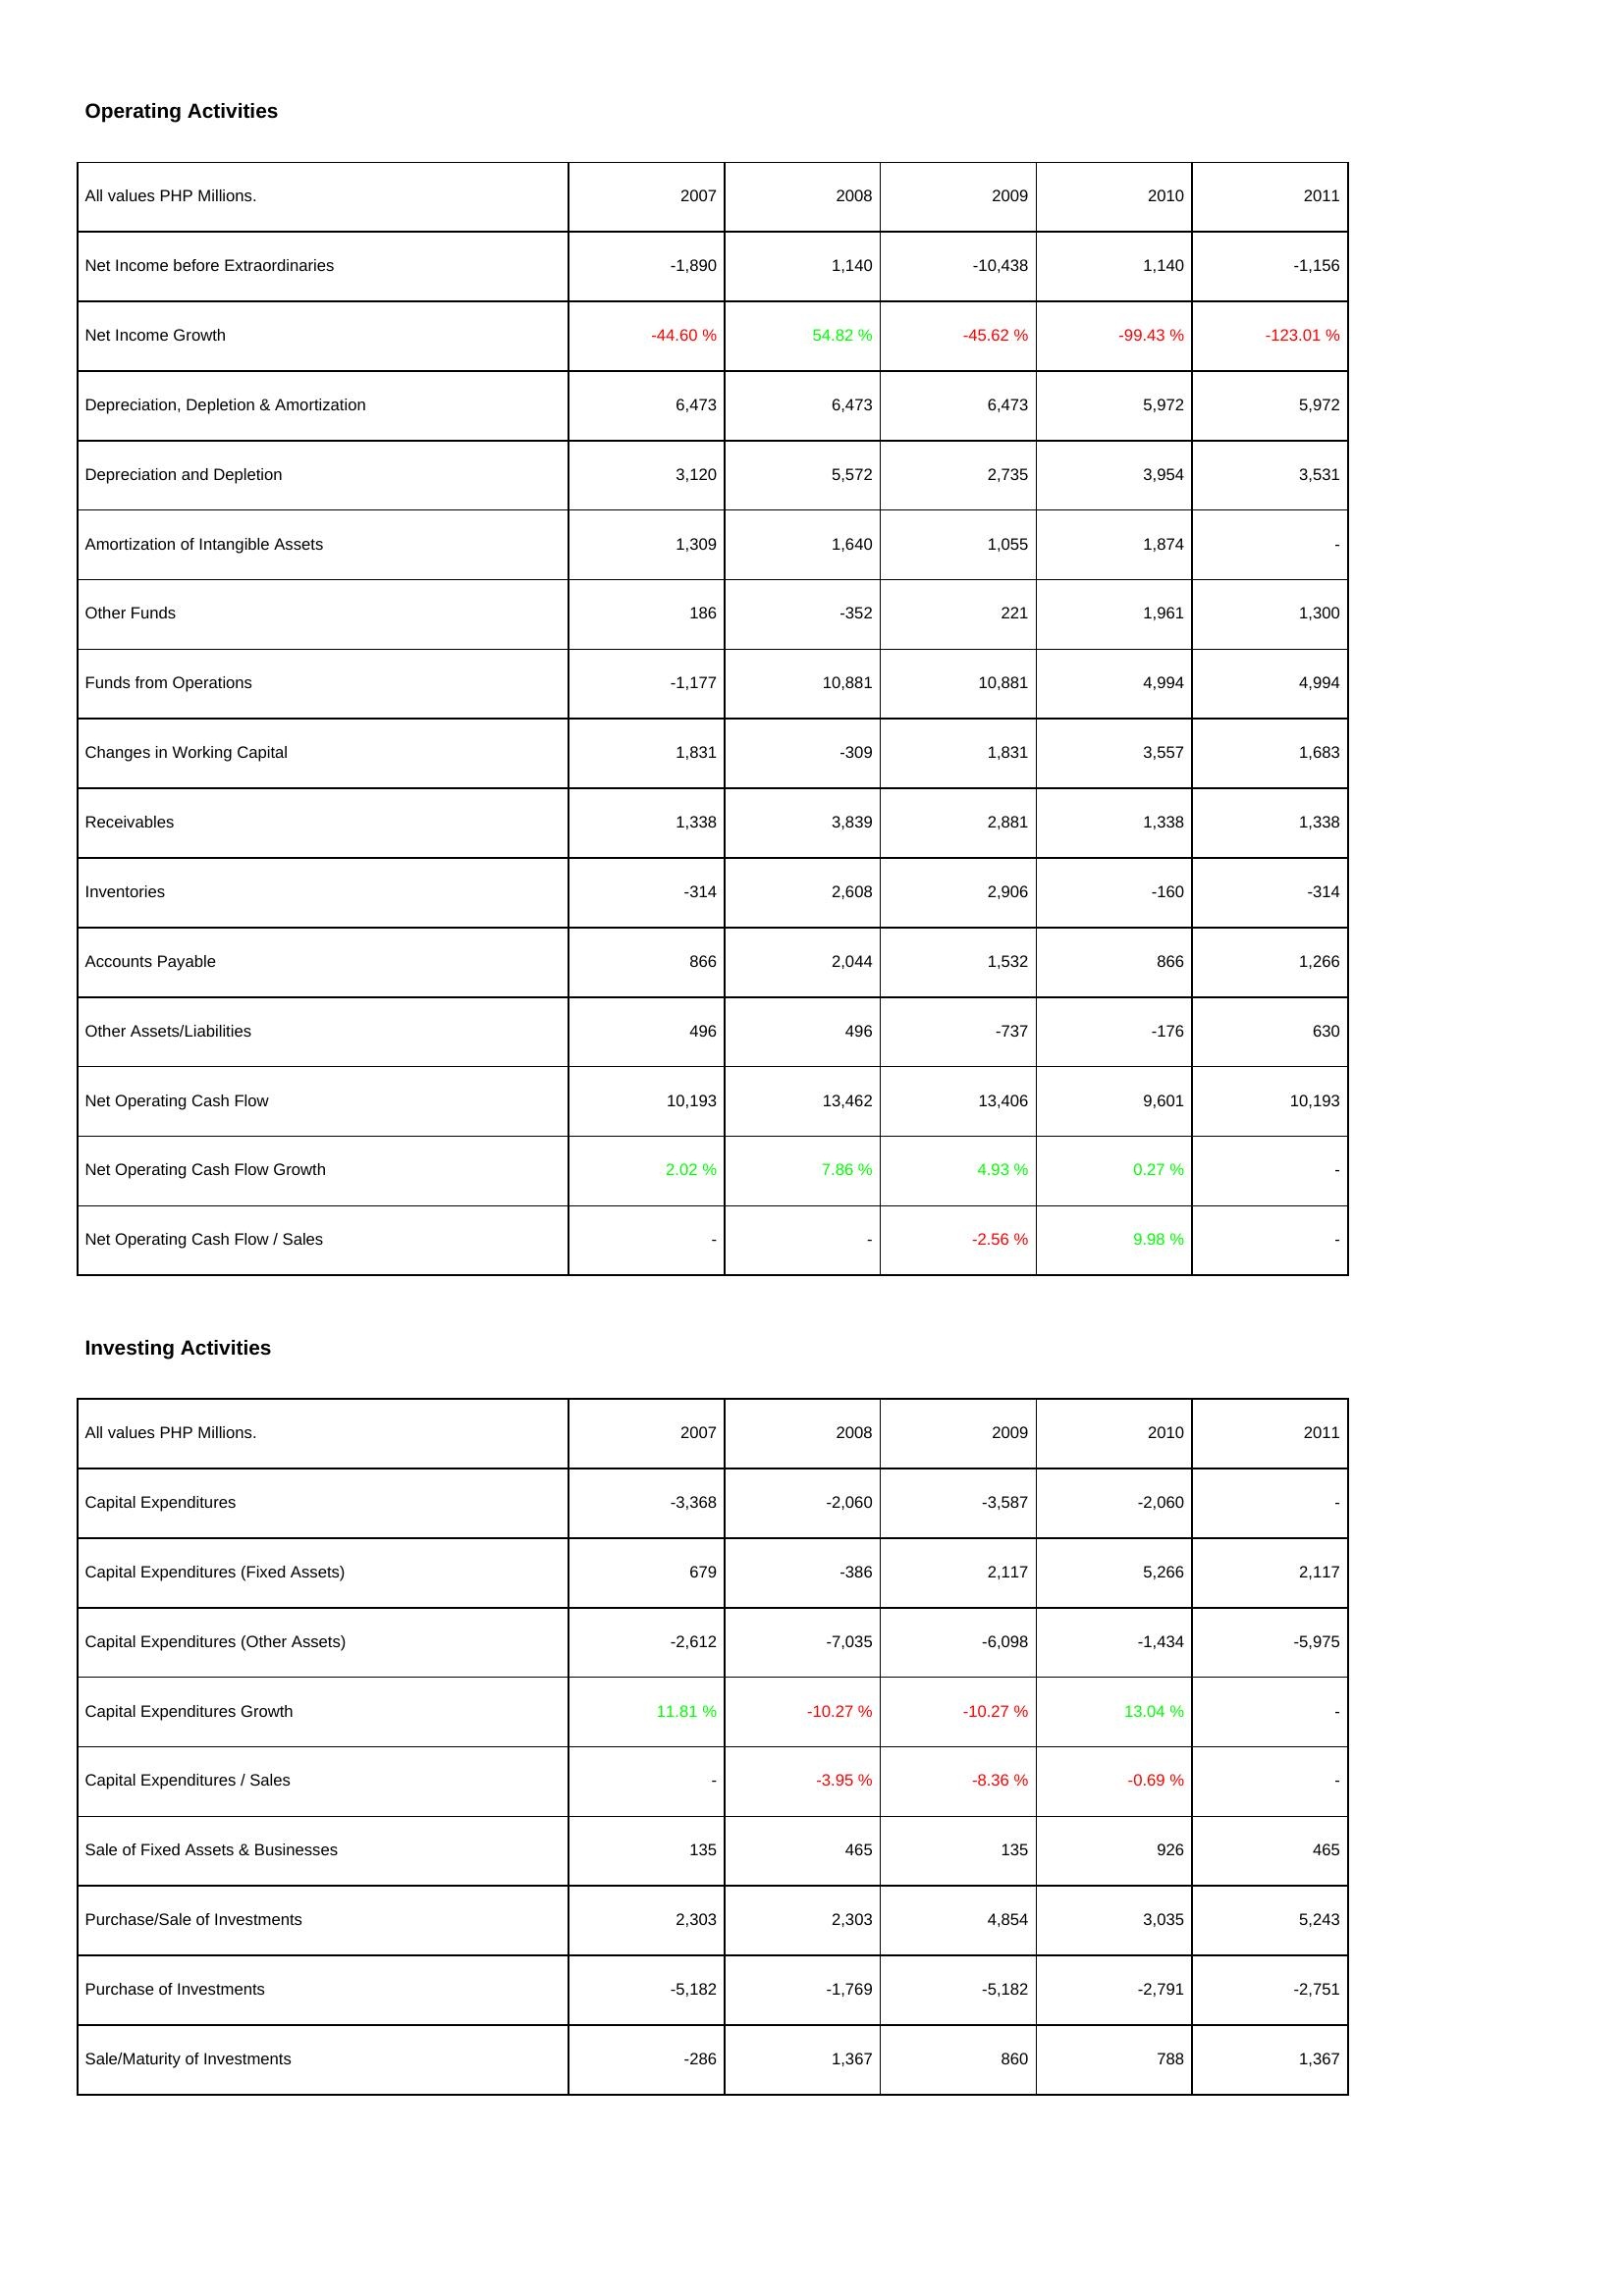
2007: Operating Activities: Net Income before Extraordinaries: -1,890
Net Income Growth: -44.60 %
Depreciation, Depletion & Amortization: 6,473
Depreciation and Depletion: 3,120
Amortization of Intangible Assets: 1,309
Other Funds: 186
Funds from Operations: -1,177
Changes in Working Capital: 1,831
Receivables: 1,338
Inventories: -314
Accounts Payable: 866
Other Assets/Liabilities: 496
Net Operating Cash Flow: 10,193
Net Operating Cash Flow Growth: 2.02 %
Net Operating Cash Flow / Sales: -
Investing Activities: Capital Expenditures: -3,368
Capital Expenditures (Fixed Assets): 679
Capital Expenditures (Other Assets): -2,612
Capital Expenditures Growth: 11.81 %
Capital Expenditures / Sales: -
Sale of Fixed Assets & Businesses: 135
Purchase/Sale of Investments: 2,303
Purchase of Investments: -5,182
Sale/Maturity of Investments: -286
2008: Operating Activities: Net Income before Extraordinaries: 1,140
Net Income Growth: 54.82 %
Depreciation, Depletion & Amortization: 6,473
Depreciation and Depletion: 5,572
Amortization of Intangible Assets: 1,640
Other Funds: -352
Funds from Operations: 10,881
Changes in Working Capital: -309
Receivables: 3,839
Inventories: 2,608
Accounts Payable: 2,044
Other Assets/Liabilities: 496
Net Operating Cash Flow: 13,462
Net Operating Cash Flow Growth: 7.86 %
Net Operating Cash Flow / Sales: -
Investing Activities: Capital Expenditures: -2,060
Capital Expenditures (Fixed Assets): -386
Capital Expenditures (Other Assets): -7,035
Capital Expenditures Growth: -10.27 %
Capital Expenditures / Sales: -3.95 %
Sale of Fixed Assets & Businesses: 465
Purchase/Sale of Investments: 2,303
Purchase of Investments: -1,769
Sale/Maturity of Investments: 1,367
2009: Operating Activities: Net Income before Extraordinaries: -10,438
Net Income Growth: -45.62 %
Depreciation, Depletion & Amortization: 6,473
Depreciation and Depletion: 2,735
Amortization of Intangible Assets: 1,055
Other Funds: 221
Funds from Operations: 10,881
Changes in Working Capital: 1,831
Receivables: 2,881
Inventories: 2,906
Accounts Payable: 1,532
Other Assets/Liabilities: -737
Net Operating Cash Flow: 13,406
Net Operating Cash Flow Growth: 4.93 %
Net Operating Cash Flow / Sales: -2.56 %
Investing Activities: Capital Expenditures: -3,587
Capital Expenditures (Fixed Assets): 2,117
Capital Expenditures (Other Assets): -6,098
Capital Expenditures Growth: -10.27 %
Capital Expenditures / Sales: -8.36 %
Sale of Fixed Assets & Businesses: 135
Purchase/Sale of Investments: 4,854
Purchase of Investments: -5,182
Sale/Maturity of Investments: 860
2010: Operating Activities: Net Income before Extraordinaries: 1,140
Net Income Growth: -99.43 %
Depreciation, Depletion & Amortization: 5,972
Depreciation and Depletion: 3,954
Amortization of Intangible Assets: 1,874
Other Funds: 1,961
Funds from Operations: 4,994
Changes in Working Capital: 3,557
Receivables: 1,338
Inventories: -160
Accounts Payable: 866
Other Assets/Liabilities: -176
Net Operating Cash Flow: 9,601
Net Operating Cash Flow Growth: 0.27 %
Net Operating Cash Flow / Sales: 9.98 %
Investing Activities: Capital Expenditures: -2,060
Capital Expenditures (Fixed Assets): 5,266
Capital Expenditures (Other Assets): -1,434
Capital Expenditures Growth: 13.04 %
Capital Expenditures / Sales: -0.69 %
Sale of Fixed Assets & Businesses: 926
Purchase/Sale of Investments: 3,035
Purchase of Investments: -2,791
Sale/Maturity of Investments: 788
2011: Operating Activities: Net Income before Extraordinaries: -1,156
Net Income Growth: -123.01 %
Depreciation, Depletion & Amortization: 5,972
Depreciation and Depletion: 3,531
Amortization of Intangible Assets: -
Other Funds: 1,300
Funds from Operations: 4,994
Changes in Working Capital: 1,683
Receivables: 1,338
Inventories: -314
Accounts Payable: 1,266
Other Assets/Liabilities: 630
Net Operating Cash Flow: 10,193
Net Operating Cash Flow Growth: -
Net Operating Cash Flow / Sales: -
Investing Activities: Capital Expenditures: -
Capital Expenditures (Fixed Assets): 2,117
Capital Expenditures (Other Assets): -5,975
Capital Expenditures Growth: -
Capital Expenditures / Sales: -
Sale of Fixed Assets & Businesses: 465
Purchase/Sale of Investments: 5,243
Purchase of Investments: -2,751
Sale/Maturity of Investments: 1,367